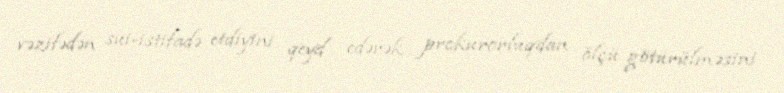
vəzifədən sui-istifadə etdiyini qeyd edərək prokurorluqdan ölçü götürülməsini